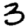
Digit: 3